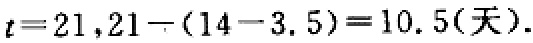
\(t = 21,21\div(14 - 3.5)=10.5(\text{天}).\)